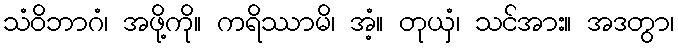
သံဝိဘာဂံ၊ အဖို့ကို။ ကရိဿာမိ၊ အံ့။ တုယှံ၊ သင်အား။ အဒတွာ၊